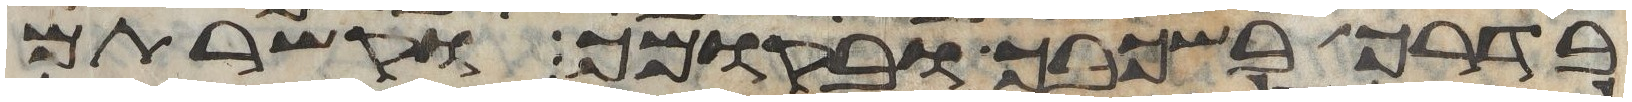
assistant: בדרך בשכבך ובקומך וקשרתם